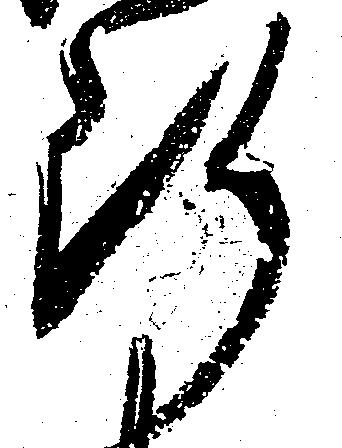
断